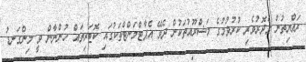
ރައްޔިތުން ގެދޮރުވެރި ކުރުވުމުގެ މަޝްރޫއުތަކުން ދެވޭ އެޕާޓްމަންޓްތަކުގައި ކޮޓަރިތައް ހުންނާން ވީ މިންގަނޑު